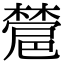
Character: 𣜺